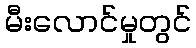
မီးလောင်မှုတွင်